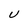
Character: U